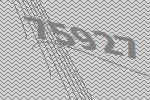
75927